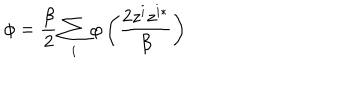
LaTeX: \phi = \frac { \beta } { 2 } \sum _ { i } ^ { } \varphi \left( \frac { 2 z ^ { i } z ^ { i * } } { \beta } \right)